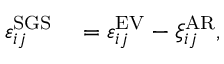
\begin{array} { r l } { \varepsilon _ { i j } ^ { \mathrm { S G S } } } & { { } = \varepsilon _ { i j } ^ { \mathrm { E V } } - \xi _ { i j } ^ { \mathrm { A R } } , } \end{array}